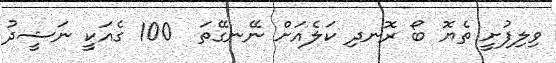
ވިލިފުށީ ތެޔޮ ބޯ ރޮނދި ކަލެއަށް ނޭނގޭތަ  100 ގެއަކީ ނަޝީދު